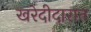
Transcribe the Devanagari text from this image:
खरेदीदारात